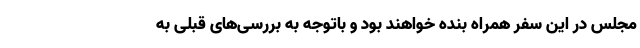
مجلس در این سفر همراه بنده خواهند بود و باتوجه به بررسی‌های قبلی به